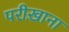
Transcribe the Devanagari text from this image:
परीख़ाना